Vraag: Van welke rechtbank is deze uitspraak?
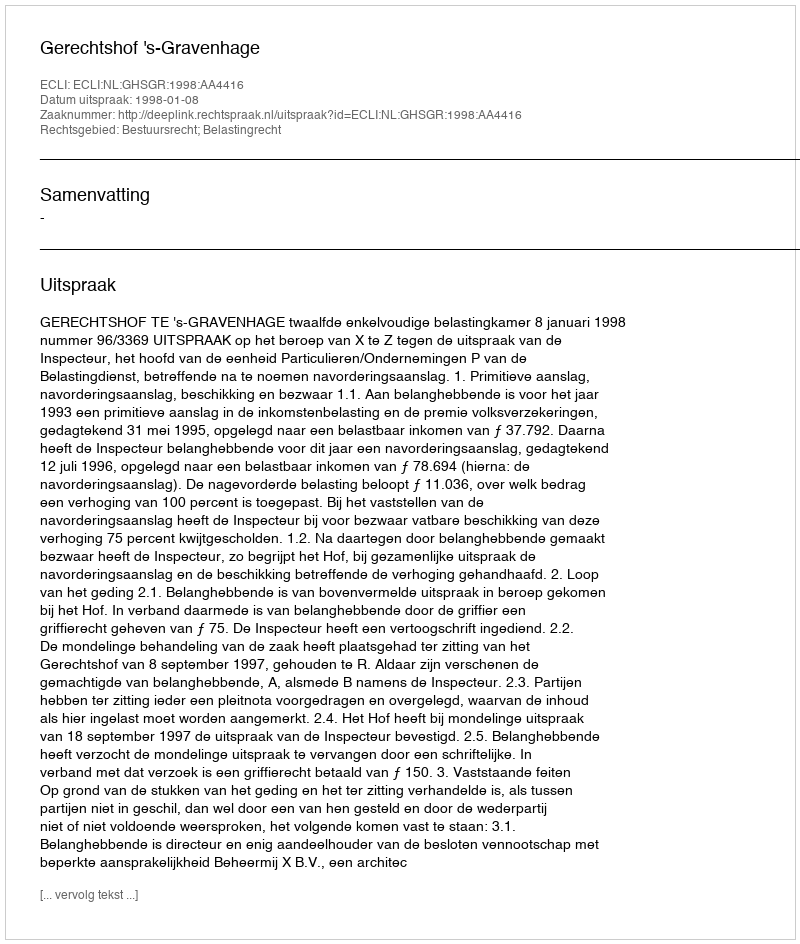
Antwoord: Gerechtshof 's-Gravenhage